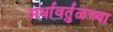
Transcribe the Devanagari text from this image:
अर्धावर्तुळच्या